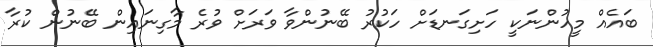
ބައެއް މީހުންނަކީ ހަށިގަނޑަށް ހަކުރު ބޭނުންވާ ވަރަށް ވުރެ މާގިނައިން ބޭނުން ކުރާ